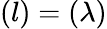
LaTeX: (l)=(\lambda)